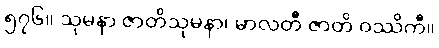
၅၇၆။ သုမနာ ဇာတိသုမနာ၊ မာလတီ ဇာတိ ဝဿိကီ။